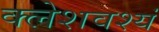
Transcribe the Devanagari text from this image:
क्लेशवश्यं